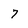
Character: 7